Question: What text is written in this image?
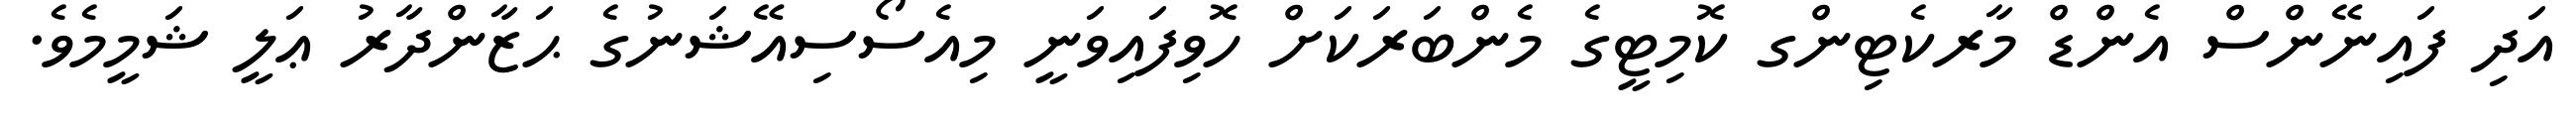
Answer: އަދި ފައިނޭންސް އެންޑް މާރކެޓިންގ ކޮމިޓީގެ މެންބަރަކަށް ހޮވިފައިވަނީ މިއެސޯސިއޭޝަނުގެ ޙަޒާންދާރު ޢަލީ ޝަމީމެވެ.